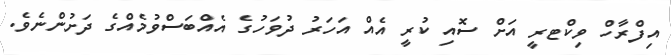
އިފްރާހް ވިކްޓރީ އަށް ސޮއި ކުރީ އެއް އަހަރު ދުވަހުގެ އެއްބަސްވުމެއްގެ ދަށުންނެވެ.